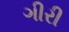
ગીરી